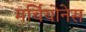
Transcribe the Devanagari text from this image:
मर्चियोनेस